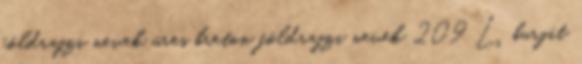
földrajzi nevek‎ üres breton földrajzi nevek‎ 209 L burját